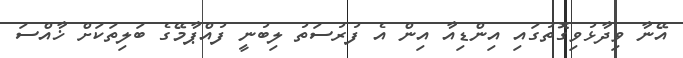
އޭނާ ވިދާޅުވިގޮތުގައި އިންޑިއާ އިން އެ ފުރުސަތު ލިބުނީ ފުއްޕާމޭގެ ބަލިތަކަށް ޚާއްސަ